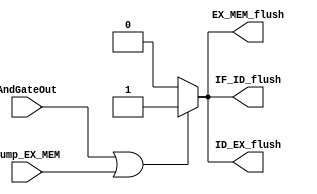
`timescale 1ns / 1ps
//////////////////////////////////////////////////////////////////////////////////
// Company: 
// Engineer: 
// 
// Design Name: 
// Module Name: FlushUnit
// Project Name: 
// Target Devices: 
// Tool Versions: 
// Description: 
// 
// Dependencies: 
// 
// Revision:
// Revision 0.01 - File Created
// Additional Comments:
// 
//////////////////////////////////////////////////////////////////////////////////

// this unit sends flushing signals so that the previous pipelines dont pass anything
module FlushUnit(AndGateOut, jump_EX_MEM, IF_ID_flush, ID_EX_flush, EX_MEM_flush);
    input AndGateOut, jump_EX_MEM;
    output reg IF_ID_flush, ID_EX_flush, EX_MEM_flush;
    
    // flush signals my dawg
    initial begin
        IF_ID_flush = 0;
        ID_EX_flush = 0;
        EX_MEM_flush = 0;
    end
    
    
    always @(AndGateOut or jump_EX_MEM)begin
        if (AndGateOut == 1 || jump_EX_MEM == 1)
        begin
            IF_ID_flush = 1;
            ID_EX_flush = 1;
            EX_MEM_flush = 1;
        end // end if
        else
        begin
            IF_ID_flush = 0;
            ID_EX_flush = 0;
            EX_MEM_flush = 0;
        end
    end // close always
        
    
endmodule